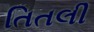
તિતલી